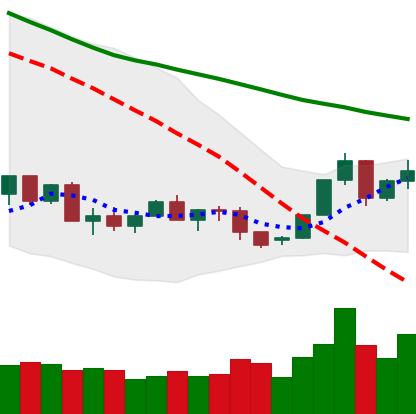
Ticker: XLM-USD
Chart end date: 2022-06-03
Forward return: -4.345%
Label: down_3_5